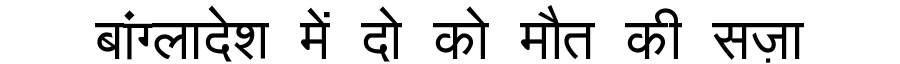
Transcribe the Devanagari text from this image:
बांग्लादेश में दो को मौत की सज़ा